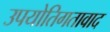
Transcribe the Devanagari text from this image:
उपयोतिगतावाद